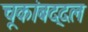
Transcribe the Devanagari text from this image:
चूकांबद्दल